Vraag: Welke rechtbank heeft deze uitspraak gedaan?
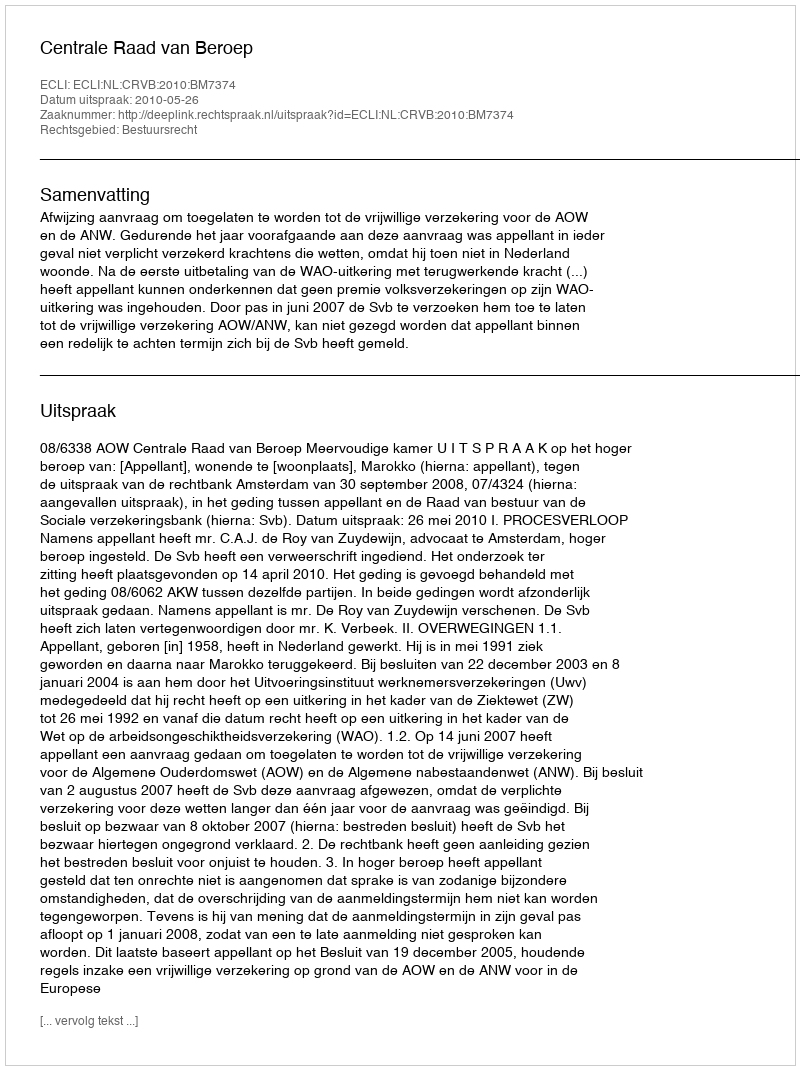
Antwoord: Centrale Raad van Beroep